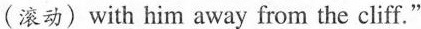
(滚动) with him away from the cliff."